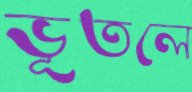
ভূতলে